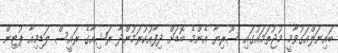
ބައިނަލްއަގުވާމީ މުޖުތަމައުގައި ސޫރިޔާ އެންމެ ބޮޑަށް ދިފާއުކުރަމުންދާ ރަޝިއާގެ ރައީސް ލަޑިމިއާ ޕުޓިން